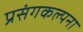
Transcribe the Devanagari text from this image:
प्रसंगकल्पना